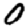
Digit: 0